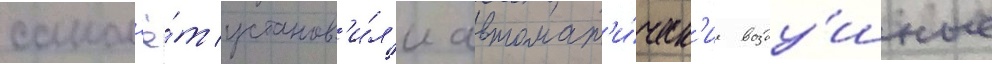
самол'ё́т установ'и́л'и автомат'и́ческ'ие возду́шные